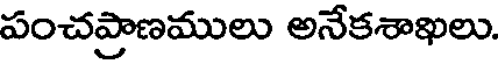
పంచప్రాణములు అనేకశాఖలు.